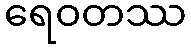
ရေဝတဿ